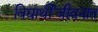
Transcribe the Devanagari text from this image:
विद्यार्थीजीवनात